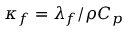
\kappa _ { f } = \lambda _ { f } / \rho C _ { p }